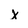
Character: x